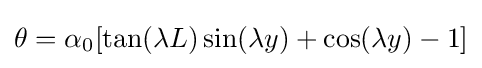
\theta =\alpha _{0}[\tan(\lambda L)\sin(\lambda y)+\cos(\lambda y)-1]